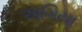
અગિયા